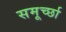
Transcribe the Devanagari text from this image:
समूर्च्छा